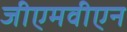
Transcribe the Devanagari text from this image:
जीएमवीएन